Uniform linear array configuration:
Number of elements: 16
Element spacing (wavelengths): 0.25
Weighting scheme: kaiser
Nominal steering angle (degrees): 15
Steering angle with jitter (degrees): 16.488
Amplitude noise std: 0.05
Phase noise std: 0.05

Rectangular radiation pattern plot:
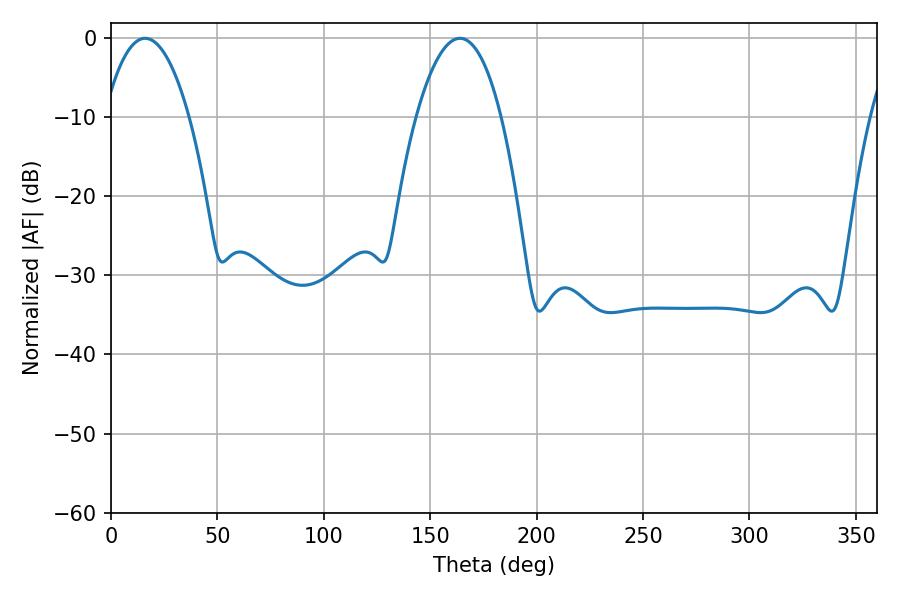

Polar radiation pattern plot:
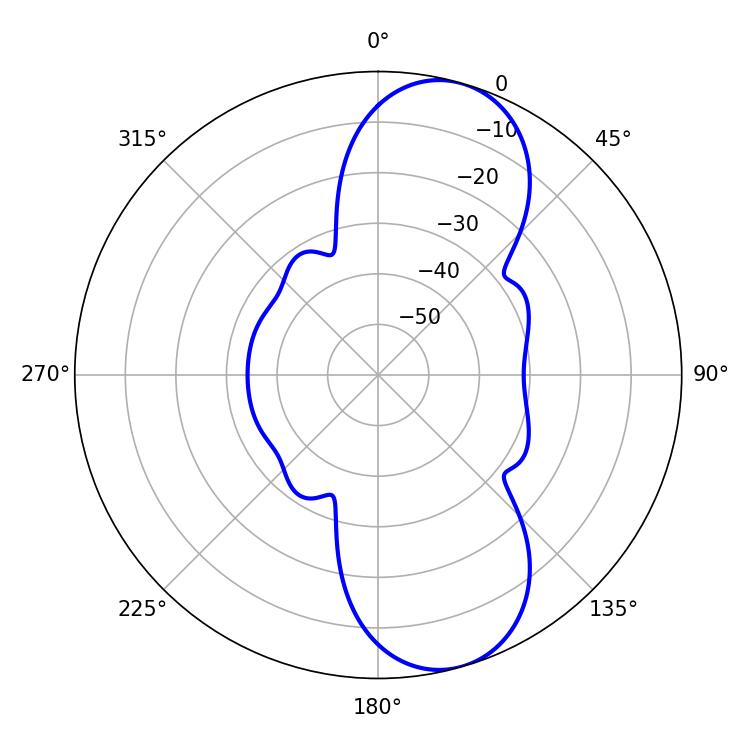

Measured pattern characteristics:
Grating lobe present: FALSE
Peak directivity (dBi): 9.377
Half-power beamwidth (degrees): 22.14
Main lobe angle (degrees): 16.02